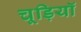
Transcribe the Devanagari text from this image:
चूड़ियॉ